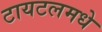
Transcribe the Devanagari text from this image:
टायटलमधे